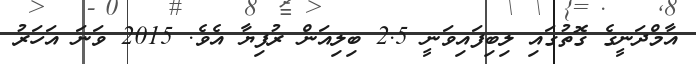
އާމްދަނީގެ ގޮތުގައި ލިބިފައިވަނީ 2.5 ބިލިއަން ރުފިޔާ އެވެ. 2015 ވަނަ އަހަރު